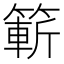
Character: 𮅼